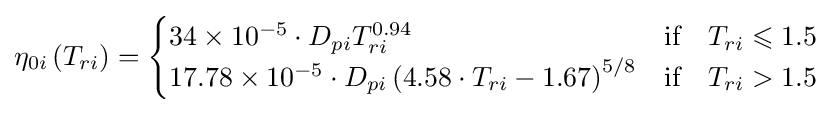
\eta _{0i}\left(T_{ri}\right)={\begin{cases}34\times 10^{-5}\cdot D_{pi}T_{ri}^{0.94}&{\text{if}}\quad T_{ri}\leqslant 1.5\\17.78\times 10^{-5}\cdot D_{pi}\left(4.58\cdot T_{ri}-1.67\right)^{5/8}&{\text{if}}\quad T_{ri}>1.5\end{cases}}